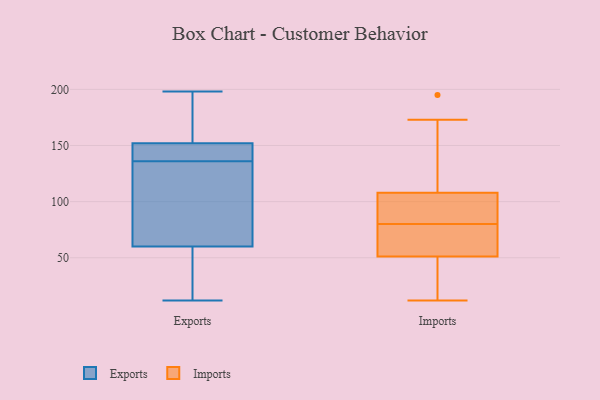
{"axis": {"x": "Operating Costs (USD K)", "y": "Value"}, "legend": ["Exports", "Imports"], "data": [{"x": "", "y": 152, "type": "Exports"}, {"x": "", "y": 16, "type": "Exports"}, {"x": "", "y": 159, "type": "Exports"}, {"x": "", "y": 12, "type": "Exports"}, {"x": "", "y": 134, "type": "Exports"}, {"x": "", "y": 60, "type": "Exports"}, {"x": "", "y": 144, "type": "Exports"}, {"x": "", "y": 12, "type": "Exports"}, {"x": "", "y": 79, "type": "Exports"}, {"x": "", "y": 117, "type": "Exports"}, {"x": "", "y": 148, "type": "Exports"}, {"x": "", "y": 198, "type": "Exports"}, {"x": "", "y": 166, "type": "Exports"}, {"x": "", "y": 40, "type": "Exports"}, {"x": "", "y": 154, "type": "Exports"}, {"x": "", "y": 138, "type": "Exports"}, {"x": "", "y": 145, "type": "Exports"}, {"x": "", "y": 109, "type": "Exports"}, {"x": "", "y": 47, "type": "Imports"}, {"x": "", "y": 99, "type": "Imports"}, {"x": "", "y": 111, "type": "Imports"}, {"x": "", "y": 92, "type": "Imports"}, {"x": "", "y": 63, "type": "Imports"}, {"x": "", "y": 195, "type": "Imports"}, {"x": "", "y": 69, "type": "Imports"}, {"x": "", "y": 173, "type": "Imports"}, {"x": "", "y": 18, "type": "Imports"}, {"x": "", "y": 12, "type": "Imports"}, {"x": "", "y": 80, "type": "Imports"}]}